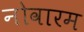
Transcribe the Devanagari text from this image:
नोवारम